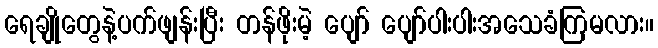
ရေချိုတွေနဲ့ပက်ဖျန်းပြီး တန်ဖိုးမဲ့ ပျော် ပျော်ပါးပါးအသေခံကြမလား။